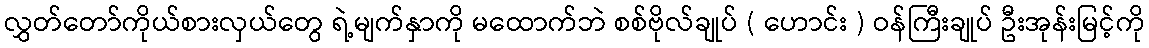
လွှတ်တော်ကိုယ်စားလှယ်တွေ ရဲ့မျက်နှာကို မထောက်ဘဲ စစ်ဗိုလ်ချုပ် ( ဟောင်း ) ဝန်ကြီးချုပ် ဦးအုန်းမြင့်ကို